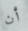
أن